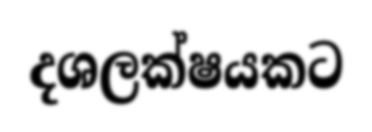
දශලක්ෂයකට